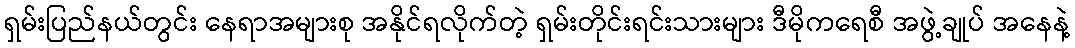
ရှမ်းပြည်နယ်တွင်း နေရာအများစု အနိုင်ရလိုက်တဲ့ ရှမ်းတိုင်းရင်းသားများ ဒီမိုကရေစီ အဖွဲ့ချုပ် အနေနဲ့